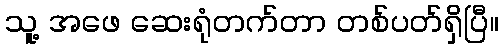
သူ့ အဖေ ဆေးရုံတက်တာ တစ်ပတ်ရှိပြီ။